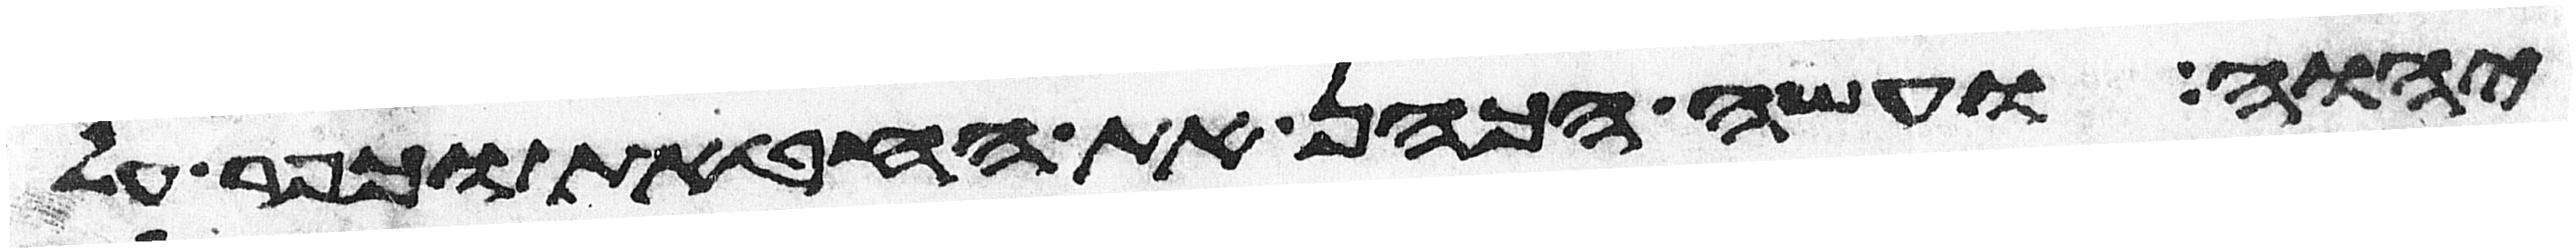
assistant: יהוה ועשה הכהן את החטאת וכפר על